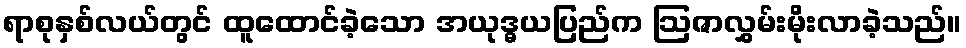
ရာစုနှစ်လယ်တွင် ထူထောင်ခဲ့သော အယုဒ္ဓယပြည်က ဩဇာလွှမ်းမိုးလာခဲ့သည်။